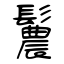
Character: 鬞